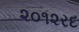
૨૦૧૨રદ